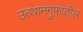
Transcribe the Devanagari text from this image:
उत्थानगुंफातील